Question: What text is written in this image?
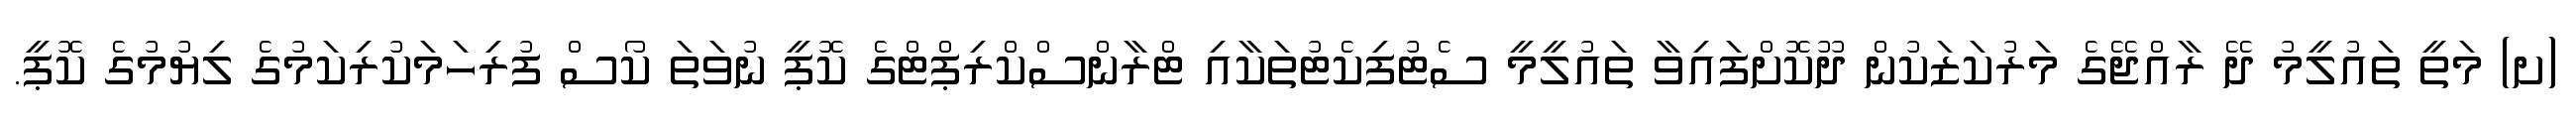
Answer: (ށ) މަތީ ތައުލީމު ދޭ ރާއްޖޭގެ މަރުކަޒަކުން ދޫކޮށްފައިވާ ތައުލީމީ ސެޓުފިކެޓުތަކާއި ޓްރާންސްކްރިޕްޓްގެ ކޮޕީ ނުވަތަ ކޯސް ފުރިހަމަކުރިކަމުގެ ލިޔުމުގެ ކޮޕީ.